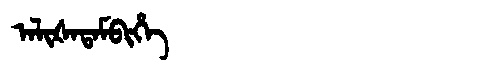
Manchu: ᠠᠯᡳᡧᠠᡨᠠᠮᠪᡳᡥᡝ
Romanization: ALIŠATAMBIHE